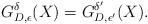
LaTeX: \begin{align*}G_{D, \epsilon}^{\delta}(X) = G_{D, \epsilon'}^{\delta'}(X). \end{align*}